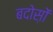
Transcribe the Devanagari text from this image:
बदोस़ों